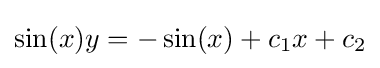
\sin(x)y=-\sin(x)+c_{1}x+c_{2}